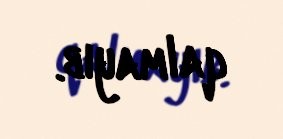
qalmayıb.